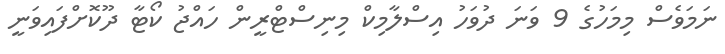
ނަމަވެސް މިމަހުގެ 9 ވަނަ ދުވަހު އިސްލާމިކް މިނިސްޓްރީން ހައްޖު ކޯޓާ ދޫކޮށްފައިވަނީ